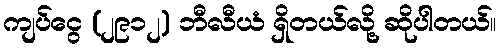
ကျပ်ငွေ (၂၉၁၂) ဘီလီယံ ရှိတယ်လို့ ဆိုပါတယ်။